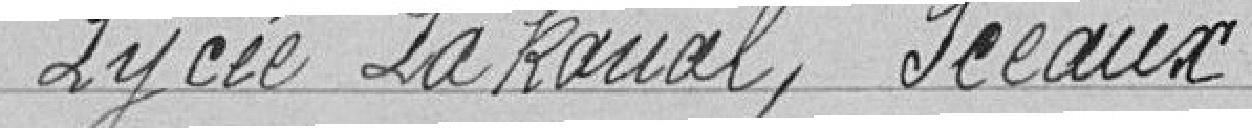
Lycée Lakanal, SCEAUX